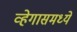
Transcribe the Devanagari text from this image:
व्हेगासमध्ये